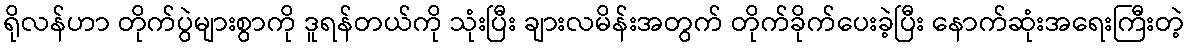
ရိုလန်ဟာ တိုက်ပွဲများစွာကို ဒူရန်တယ်ကို သုံးပြီး ချားလမိန်းအတွက် တိုက်ခိုက်ပေးခဲ့ပြီး နောက်ဆုံးအရေးကြီးတဲ့